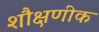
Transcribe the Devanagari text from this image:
शौक्षणीक